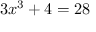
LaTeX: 3 x ^ { 3 } + 4 = 2 8